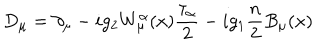
D _ { \mu } = \partial _ { \mu } - i g _ { 2 } W _ { \mu } ^ { \alpha } ( x ) \frac { \tau _ { \alpha } } { 2 } - i g _ { 1 } \frac { n } { 2 } B _ { \mu } ( x )